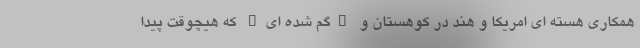
همکاری هسته ای امریکا و هند در کوهستان و "گم شده ای" که هیچوقت پیدا